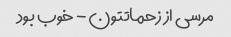
مرسی از زحماتتون - خوب بود